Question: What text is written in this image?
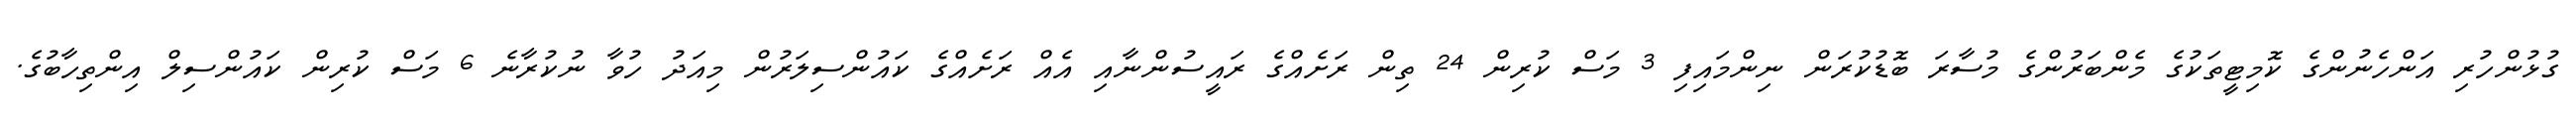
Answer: ގުޅުންހުރި އަންހެނުންގެ ކޮމިޓީތަކުގެ މެންބަރުންގެ މުސާރަ ބޮޑުކުރަން ނިންމައިފި 3 މަސް ކުރިން 24 ތިން ރަށެއްގެ ރައީސުންނާއި އެއް ރަށެއްގެ ކައުންސިލަރުން މިއަދު ހުވާ ނުކުރާނެ 6 މަސް ކުރިން ކައުންސިލް އިންތިހާބުގެ.